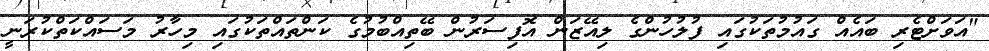
"އަަވަށްޓެރި ބައެއް ގައުމުތަކުގައި ފުލުހުންގެ ލިއޭޒަން އޮފިސަރުން ބޭތިއްބުމުގެ ކަންތައްތަކުގައި މިހާރު މަސައްކަތްކުރަނީ